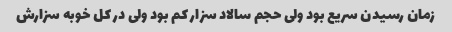
زمان رسیدن سریع بود ولی حجم سالاد سزار کم بود ولی در کل خوبه سزارش